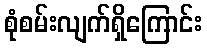
စုံစမ်းလျက်ရှိကြောင်း